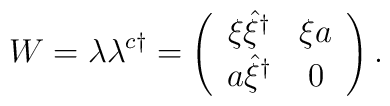
W = \lambda \lambda^{c \dag} = \left(                  \begin{array}{cc}                 \xi \hat{\xi}^{\dag} & \xi a \\                 a   \hat{\xi}^{\dag} & 0                 \end{array}  \right) .